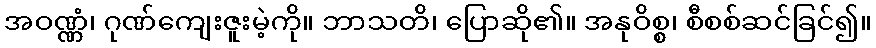
အဝဏ္ဏံ၊ ဂုဏ်ကျေးဇူးမဲ့ကို။ ဘာသတိ၊ ပြောဆို၏။ အနုဝိစ္စ၊ စီစစ်ဆင်ခြင်၍။